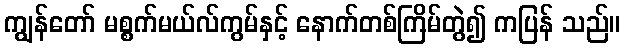
ကျွန်တော် မစ္စက်မယ်လ်ကွမ်နှင့် နောက်တစ်ကြိမ်တွဲ၍ ကပြန် သည်။